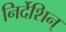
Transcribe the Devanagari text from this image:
निर्देशिन्